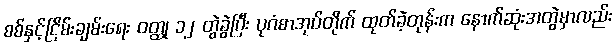
စစ်နှင့်ငြိမ်းချမ်းရေး ဝတ္ထု ၁၂ တွဲခွဲပြီး ပုဂံစာအုပ်တိုက် ထုတ်ခဲ့တုန်းက နောက်ဆုံးအတွဲမှာလည်း